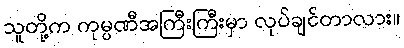
သူတို့က ကုမ္ပဏီအကြီးကြီးမှာ လုပ်ချင်တာလား။